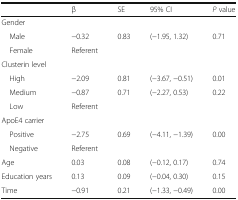
|  | β | SE | 95% CI | P value |
 | --- | --- | --- | --- | --- |
 | <COLSPAN=5> Gender |
 | Male | −0.32 | 0.83 | (−1.95, 1.32) | 0.71 |
 | Female | Referent |  |  |  |
 | <COLSPAN=5> Clusterin level |
 | High | −2.09 | 0.81 | (−3.67, −0.51) | 0.01 |
 | Medium | −0.87 | 0.71 | (−2.27, 0.53) | 0.22 |
 | Low | Referent |  |  |  |
 | <COLSPAN=5> ApoE4 carrier |
 | Positive | −2.75 | 0.69 | (−4.11, −1.39) | 0.00 |
 | Negative | Referent |  |  |  |
 | Age | 0.03 | 0.08 | (−0.12, 0.17) | 0.74 |
 | Education years | 0.13 | 0.09 | (−0.04, 0.30) | 0.15 |
 | Time | −0.91 | 0.21 | (−1.33, −0.49) | 0.00 |